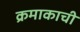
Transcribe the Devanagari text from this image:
क्रमाकाची